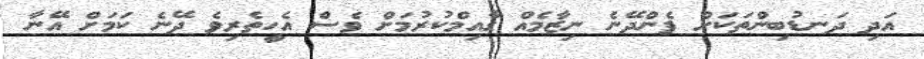
އަދި ދަނޑުބިންތަކަށް ފެންދޭނެ ނިޒާމެއް ގާއިމްކުރުމަށް ވެސް އެހީތެރިވެ ދޭނެ ކަމަށް އޭނާ